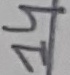
Text: 14